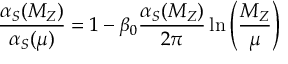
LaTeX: W _ { L } = \sum _ { s , r = 1 } ^ { N _ { f } } ( \lambda _ { r , s } M + { m _ { Q } } _ { r , s } ) V ^ { 2 r - 1 , 2 s } + ( \mathrm { P f } V ) ^ { \frac { 1 } { N _ { f } - 2 } } ( 2 - N _ { f } ) { \Lambda _ { L } } ^ { \frac { N _ { f } - 6 } { N _ { f } - 2 } } + \sum _ { k = 2 } ^ { N _ { c } } g _ { r } { u ^ { c l } } _ { r } , \nonumber